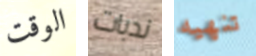
الوقت ندبات تنهيه